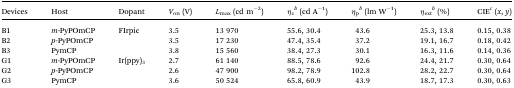
| Devices | Host | Dopant | Von (V) | Lmax (cd m–2) | ηcb (cd A–1) | ηpb (lm W–1) | ηextb (%) | CIEc (x, y) |
 | --- | --- | --- | --- | --- | --- | --- | --- | --- |
 | B1 | m-PyPOmCP | <ROWSPAN=3> FIrpic | 3.5 | 13 970 | 55.6, 30.4 | 43.6 | 25.3, 13.8 | 0.15, 0.38 |
 | B2 | p-PyPOmCP | 3.5 | 17 230 | 47.4, 35.4 | 37.2 | 19.1, 16.7 | 0.18, 0.42 |
 | B3 | PymCP | 3.8 | 15 560 | 38.4, 27.3 | 30.1 | 16.3, 11.6 | 0.14, 0.36 |
 | G1 | m-PyPOmCP | <ROWSPAN=3> Ir(ppy)3 | 2.7 | 61 140 | 88.5, 78.6 | 92.6 | 24.4, 21.7 | 0.30, 0.64 |
 | G2 | p-PyPOmCP | 2.6 | 47 900 | 98.2, 78.9 | 102.8 | 28.2, 22.7 | 0.30, 0.64 |
 | G3 | PymCP | 3.6 | 50 524 | 65.8, 60.9 | 43.9 | 18.7, 17.3 | 0.30, 0.63 |